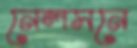
নেলসনে